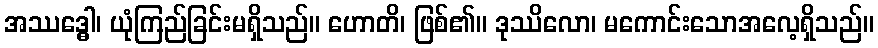
အဿဒ္ဓေါ၊ ယုံကြည်ခြင်းမရှိသည်။ ဟောတိ၊ ဖြစ်၏။ ဒုဿိလော၊ မကောင်းသောအလေ့ရှိသည်။